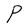
Character: P